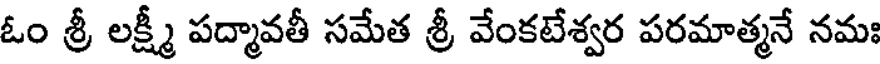
ఓం శ్రీ లక్ష్మీ పద్మావతీ సమేత శ్రీ వేంకటేశ్వర పరమాత్మనే నమః